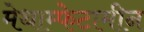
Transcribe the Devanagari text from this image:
मेथाम्फेटामीन